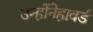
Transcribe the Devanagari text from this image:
उन्होंनेहावर्ड